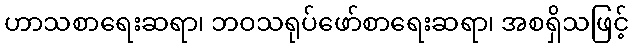
ဟာသစာရေးဆရာ၊ ဘဝသရုပ်ဖော်စာရေးဆရာ၊ အစရှိသဖြင့်